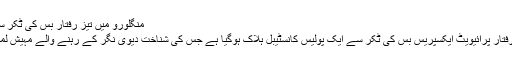
منگلورو میں تیز رفتار بس کی ٹکر سے ایک پولیس کانسٹیبل ہلاک
گورپور علاقے میں ایک تیز رفتار پرائیویٹ ایکسپریس بس کی ٹکر سے ایک پولیس کانسٹیبل ہلاک ہوگیا ہے جس کی شناخت دیوی نگر کے رہنے والے مہیش لمانی کے طور پر کی گئی ہے۔